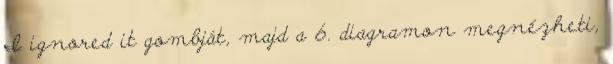
I ignored it gombját, majd a 6. diagramon megnézheti,